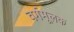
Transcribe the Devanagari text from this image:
वर्गमूलक